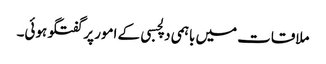
ملاقات میں باہمی دلچسبی کے امور پر گفتگو ہوئی۔